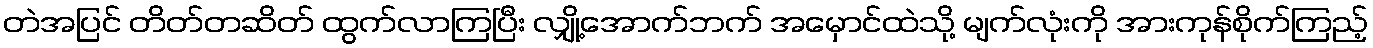
တဲအပြင် တိတ်တဆိတ် ထွက်လာကြပြီး လျှို့အောက်ဘက် အမှောင်ထဲသို့ မျက်လုံးကို အားကုန်စိုက်ကြည့်